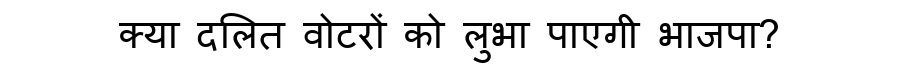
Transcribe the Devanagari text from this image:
क्या दलित वोटरों को लुभा पाएगी भाजपा?